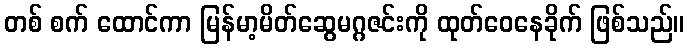
တစ် စက် ထောင်ကာ မြန်မာ့မိတ်ဆွေမဂ္ဂဇင်းကို ထုတ်ဝေနေခိုက် ဖြစ်သည်။